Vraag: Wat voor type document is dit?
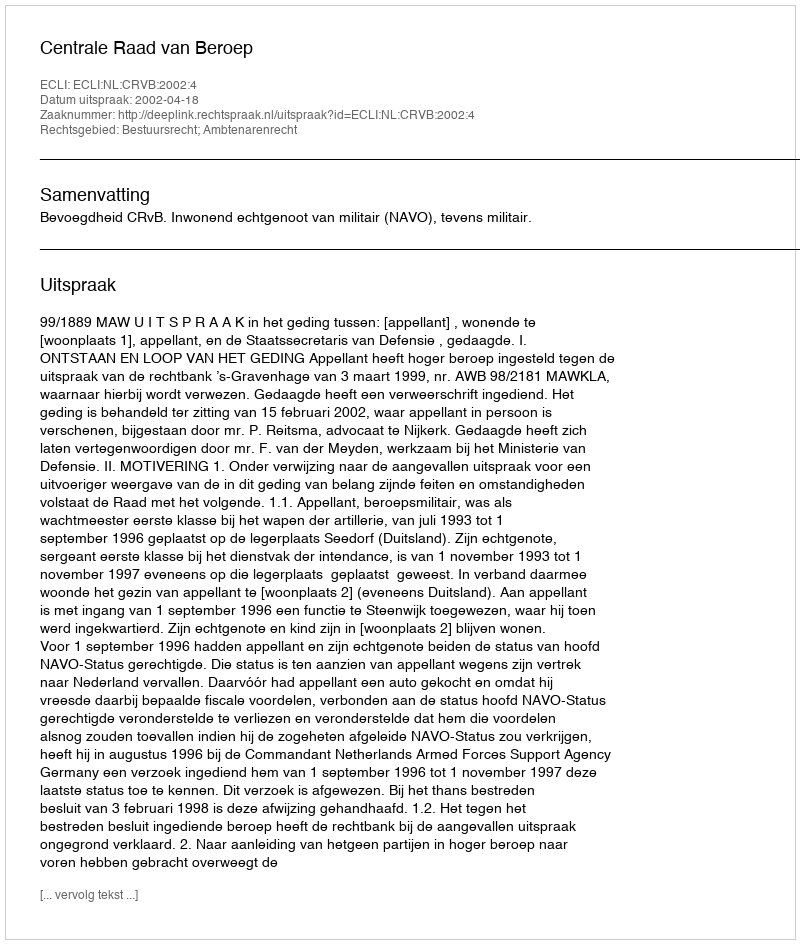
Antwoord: Uitspraak